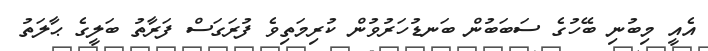
އެއީ މިބުނި ބޭހުގެ ސަބަބުން ބަނޑުހަރުވުން ކުރިމަތިވެ ފުރަގަސް ފަރާތު ބަލީގެ ޙާލަތު